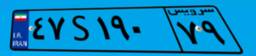
۴۷S۱۹۰۷۹